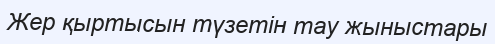
Жер қыртысын түзетін тау жыныстары